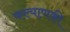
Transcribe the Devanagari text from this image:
कल्याणकी